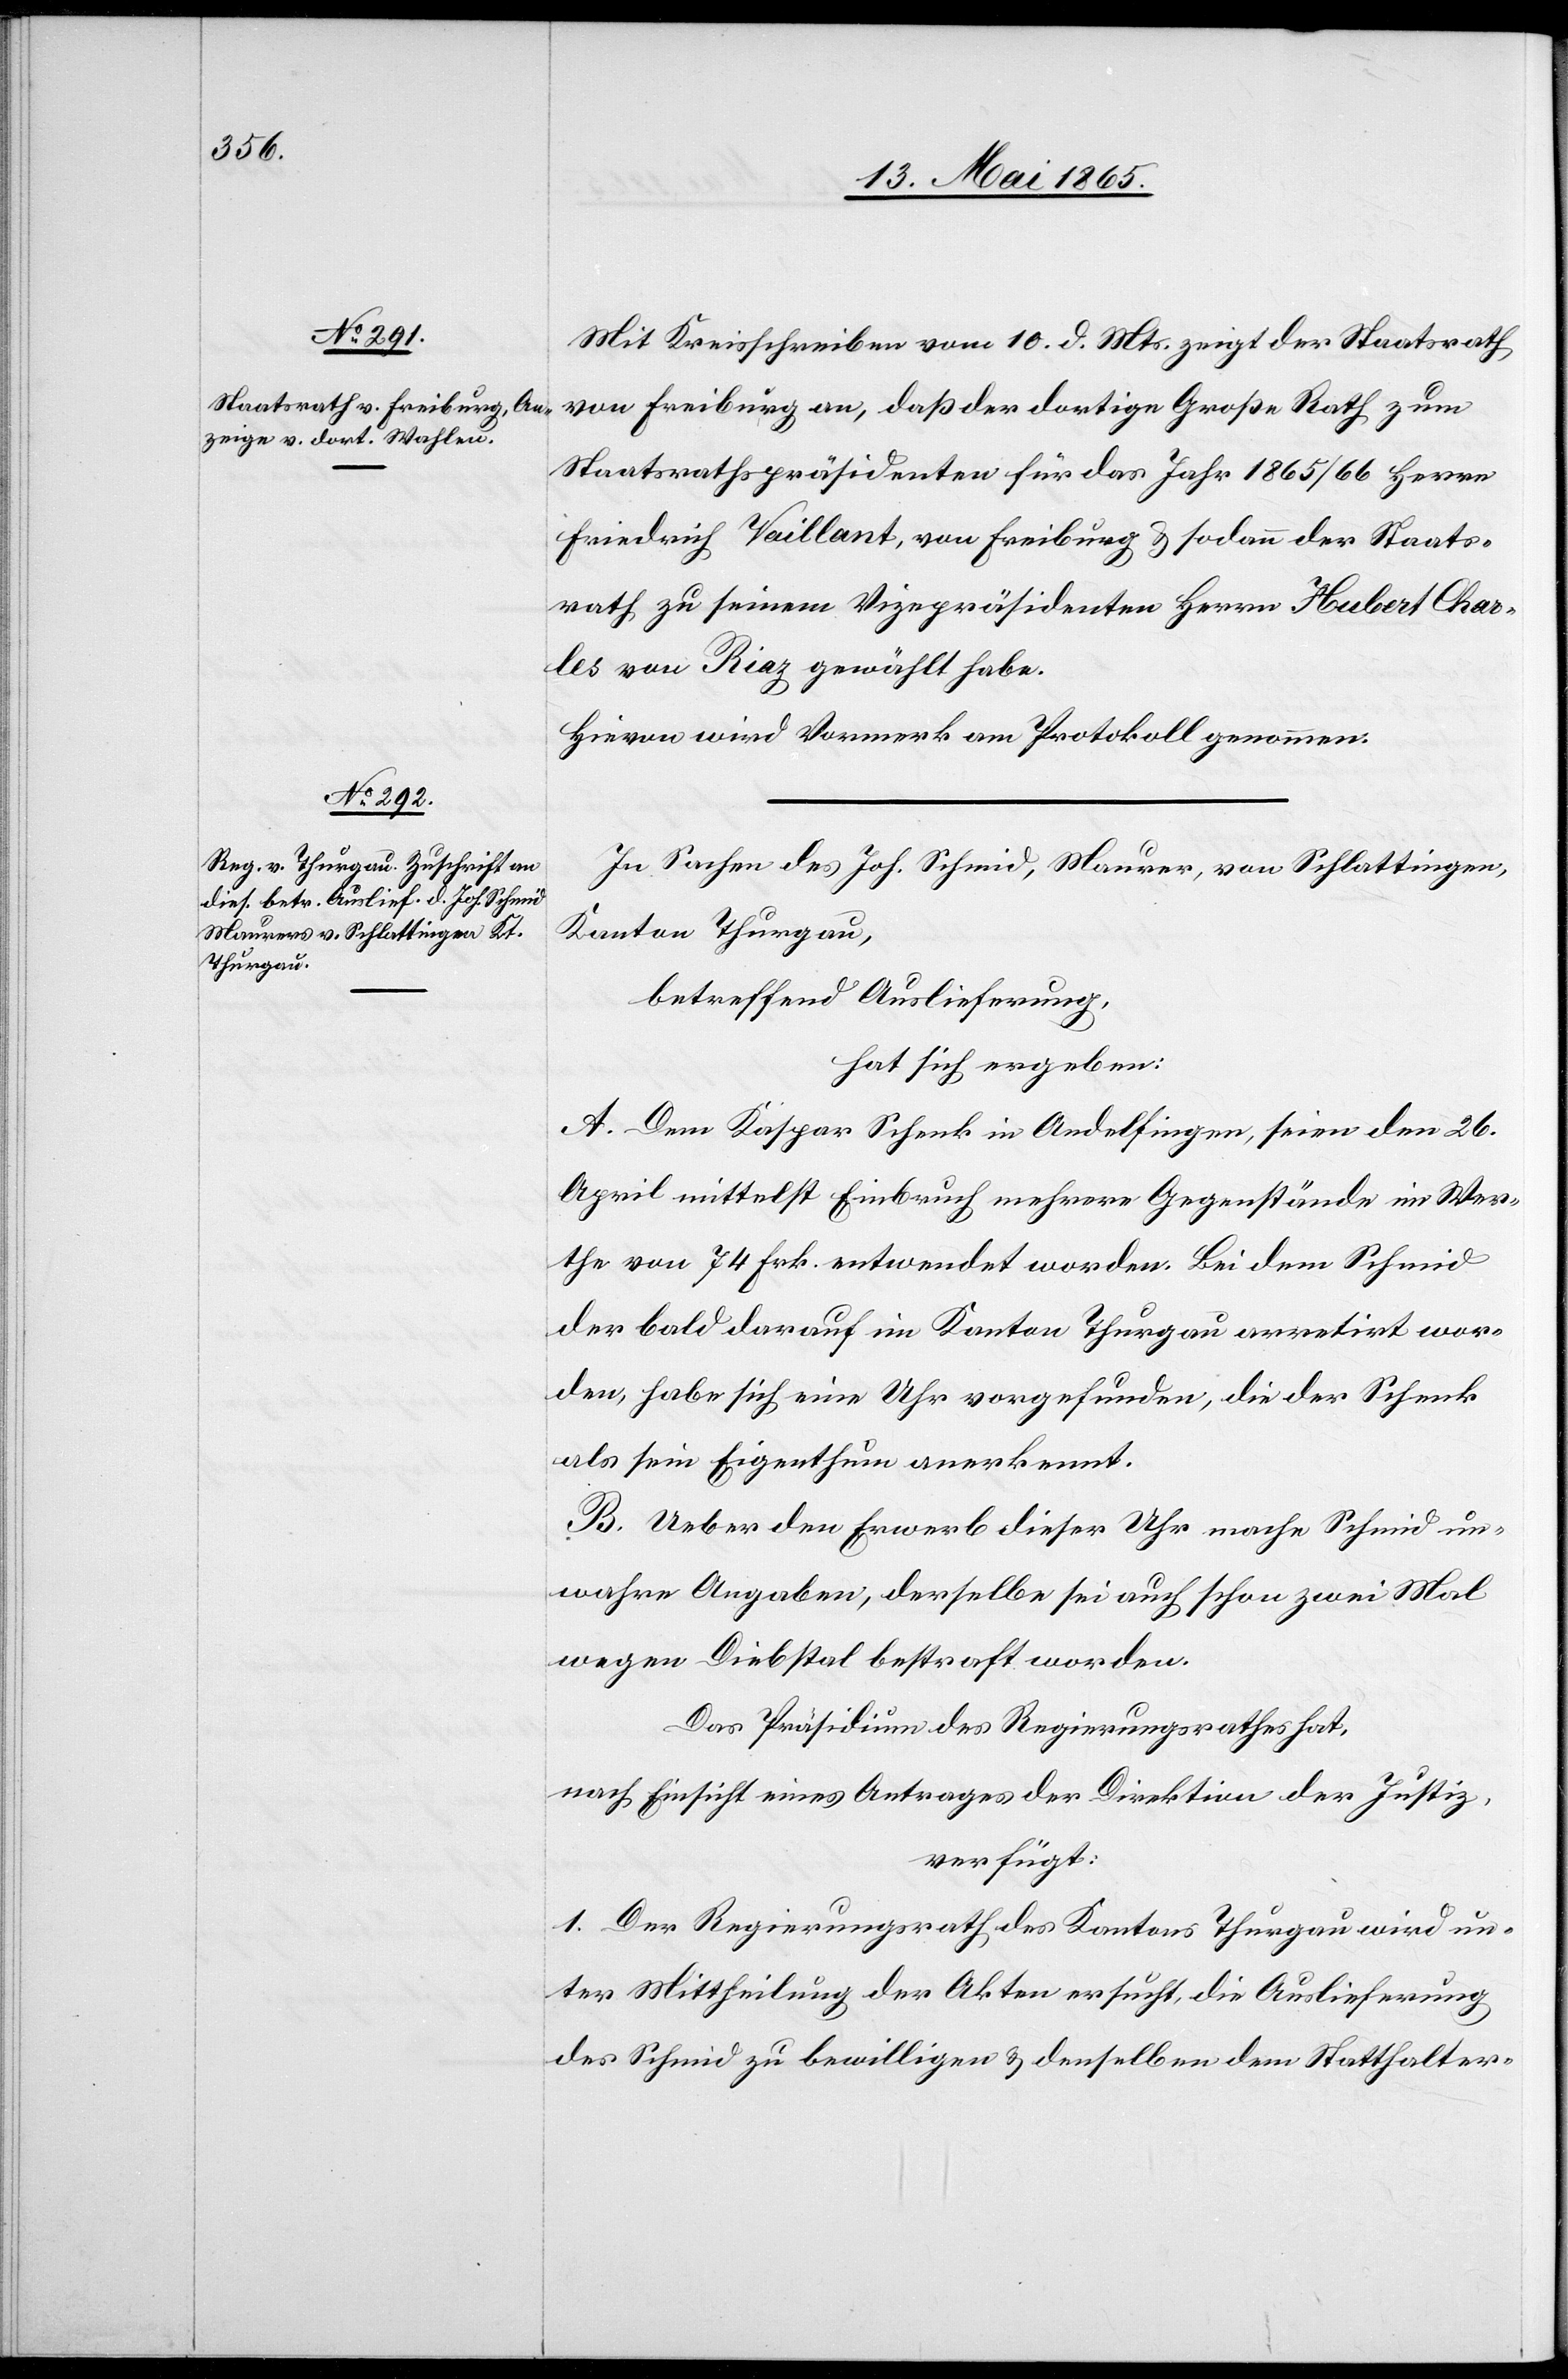
15. Mai 1865.]
Mit Kreisschreiben vom 10. d. Mts. zeigt der Staatsrath
von Freiburg an, daß der dortige Große Rath zum
Staatsrathspräsidenten für das Jahr 1865/66 Herrn
Friedrich Vaillant, von Freiburg & sodann der Staats¬
rath zu seinem Vizepräsidenten Herrn Hubert Char¬
les von Riaz gewählt habe.
Hievon wird Vormerk am Protokoll genommen.
In Sachen des Joh. Schmid, Maurer, von Schlattingen,
Kanton Thurgau,
betreffend Auslieferung,
hat sich ergeben:
A. Dem Kaspar Schenk in Andelfingen, seien den 26.
April mittelst Einbruch mehrere Gegenstände im Wer¬
the von 74 Frk. entwendet worden. Bei dem Schmid
der bald darauf im Kanton Thurgau arretirt wor¬
den, habe sich eine Uhr vorgefunden, die der Schenk
als sein Eigenthum anerkennt.
B. Ueber den Erwerb dieser Uhr mache Schmid un¬
wahre Angaben, derselbe sei auch schon zwei Mal
wegen Diebstal bestraft worden.
Das Präsidium des Regierungsrathes hat,
nach Einsicht eines Antrages der Direktion der Justiz,
verfügt:
1. Der Regierungsrath des Kantons Thurgau wird un¬
ter Mittheilung der Akten ersucht, die Auslieferung
des Schmid zu bewilligen & denselben dem Statthalter-